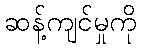
ဆန့်ကျင်မှုကို